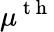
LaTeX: \mu^{\mathrm{~t~h~}}